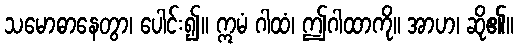
သမောဓာနေတွာ၊ ပေါင်း၍။ ဣမံ ဂါထံ၊ ဤဂါထာကို။ အာဟ၊ ဆို၏။